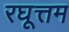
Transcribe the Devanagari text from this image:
रघूत्तम